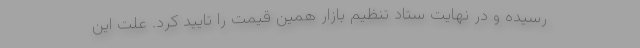
رسیده و در نهایت ستاد تنظیم بازار همین قیمت را تایید کرد. علت این